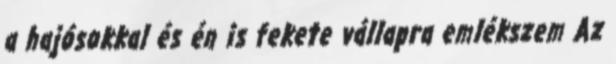
a hajósokkal és én is fekete vállapra emlékszem Az